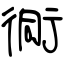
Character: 衕